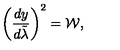
\left( { \frac { d y } { d \tilde { \lambda } } } \right) ^ { 2 } = { \cal W } ,